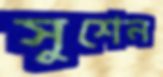
সুশেন